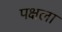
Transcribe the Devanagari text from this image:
पक्षला